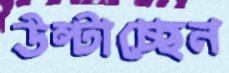
উল্টাচ্ছেন